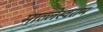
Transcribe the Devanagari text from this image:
माल्लेस्वराम